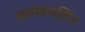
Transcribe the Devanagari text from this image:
अल्पप्रचलित